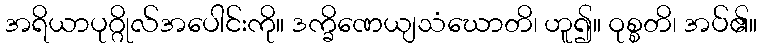
အရိယာပုဂ္ဂိုလ်အပေါင်းကို။ ဒက္ခိဏေယျသံဃောတိ၊ ဟူ၍။ ဝုစ္စတိ၊ အပ်၏။